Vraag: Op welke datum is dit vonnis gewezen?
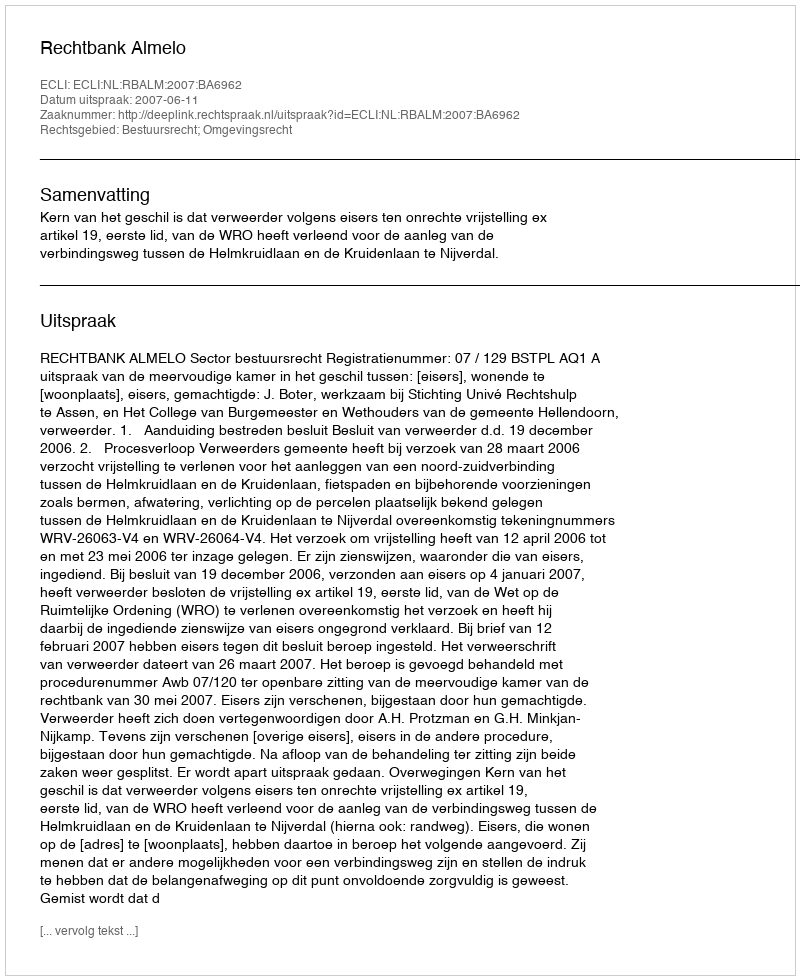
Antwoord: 2007-06-11